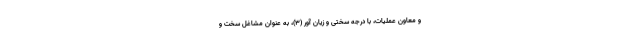
و معاون عملیات، با درجه سختی و زیان آور (3)، به عنوان مشاغل سخت و